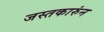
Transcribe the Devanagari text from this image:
जस्तकारुंन